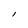
Character: l